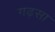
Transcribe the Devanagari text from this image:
गढ़सा